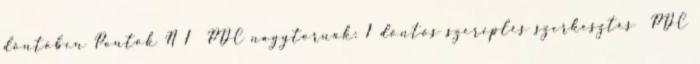
döntőben Pontok N 1 PDC nagytornák: 1 döntős szereplés szerkesztés PDC